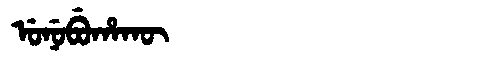
Manchu: ᡠᠨᡠᠪᡠᡥᠠᡴᡡ
Romanization: UNUBUHAKŪ